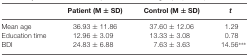
<table><thead><tr><td></td><td><b>Patient (M ± SD)</b></td><td><b>Control (M ± SD)</b></td><td><b><i>t</i></b></td></tr></thead><tbody><tr><td>Mean age</td><td>36.93 ± 11.86</td><td>37.60 ± 12.06</td><td>1.29</td></tr><tr><td>Education time</td><td>12.96 ± 3.09</td><td>13.33 ± 3.08</td><td>0.78</td></tr><tr><td>BDI</td><td>24.83 ± 6.88</td><td>7.63 ± 3.63</td><td>14.56***</td></tr></tbody></table>